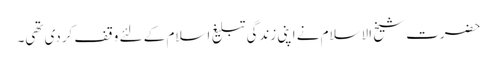
حضرت شیخ الاسلام نے اپنی زندگی تبلیغِ اسلام کے لئے وقف کردی تھی۔